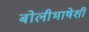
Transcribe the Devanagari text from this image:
बोलीभाषेशी